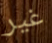
غير